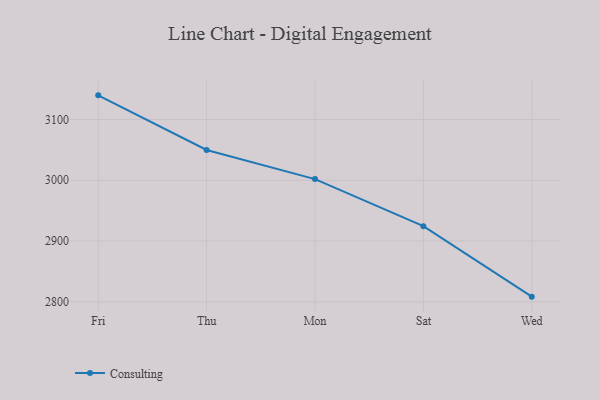
{"axis": {"x": "Day", "y": "Waste Production (Tons)"}, "legend": ["Consulting"], "data": [{"x": "Fri", "y": 3139.6, "type": "Consulting"}, {"x": "Thu", "y": 3049.8, "type": "Consulting"}, {"x": "Mon", "y": 3001.9, "type": "Consulting"}, {"x": "Sat", "y": 2924.5, "type": "Consulting"}, {"x": "Wed", "y": 2808.6, "type": "Consulting"}]}